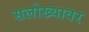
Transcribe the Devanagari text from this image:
सलोख्यावर